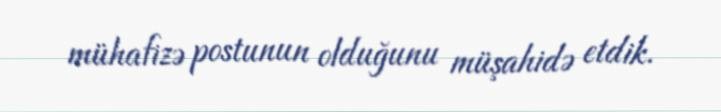
mühafizə postunun olduğunu müşahidə etdik.